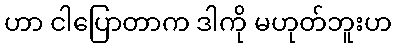
ဟာ ငါပြောတာက ဒါကို မဟုတ်ဘူးဟ